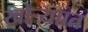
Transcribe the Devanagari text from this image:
खोऱ्याात